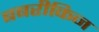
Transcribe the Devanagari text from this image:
बबरीकिन